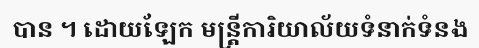
បាន ។ ដោយឡែក មន្ត្រីការិយាល័យទំនាក់ទំនង